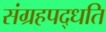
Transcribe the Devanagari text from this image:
संग्रहपद्धति